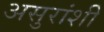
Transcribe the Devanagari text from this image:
असुरांशी